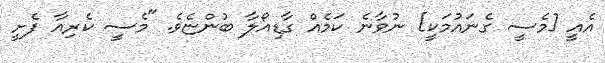
އެއީ [މެސީ ގެނައުމަކީ] ނުވާނެ ކަމެއް ގާޑިއޯލާ ބުންޏެވެ. "މެސީ ކެރިއާ ފެށީ